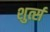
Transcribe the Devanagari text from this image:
शुर्त्स